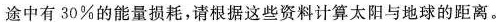
途中有30%的能量损耗，请根据这些资料计算太阳与地球的距离。